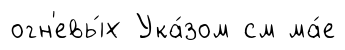
огн'евы́х Ука́зом см ма́е